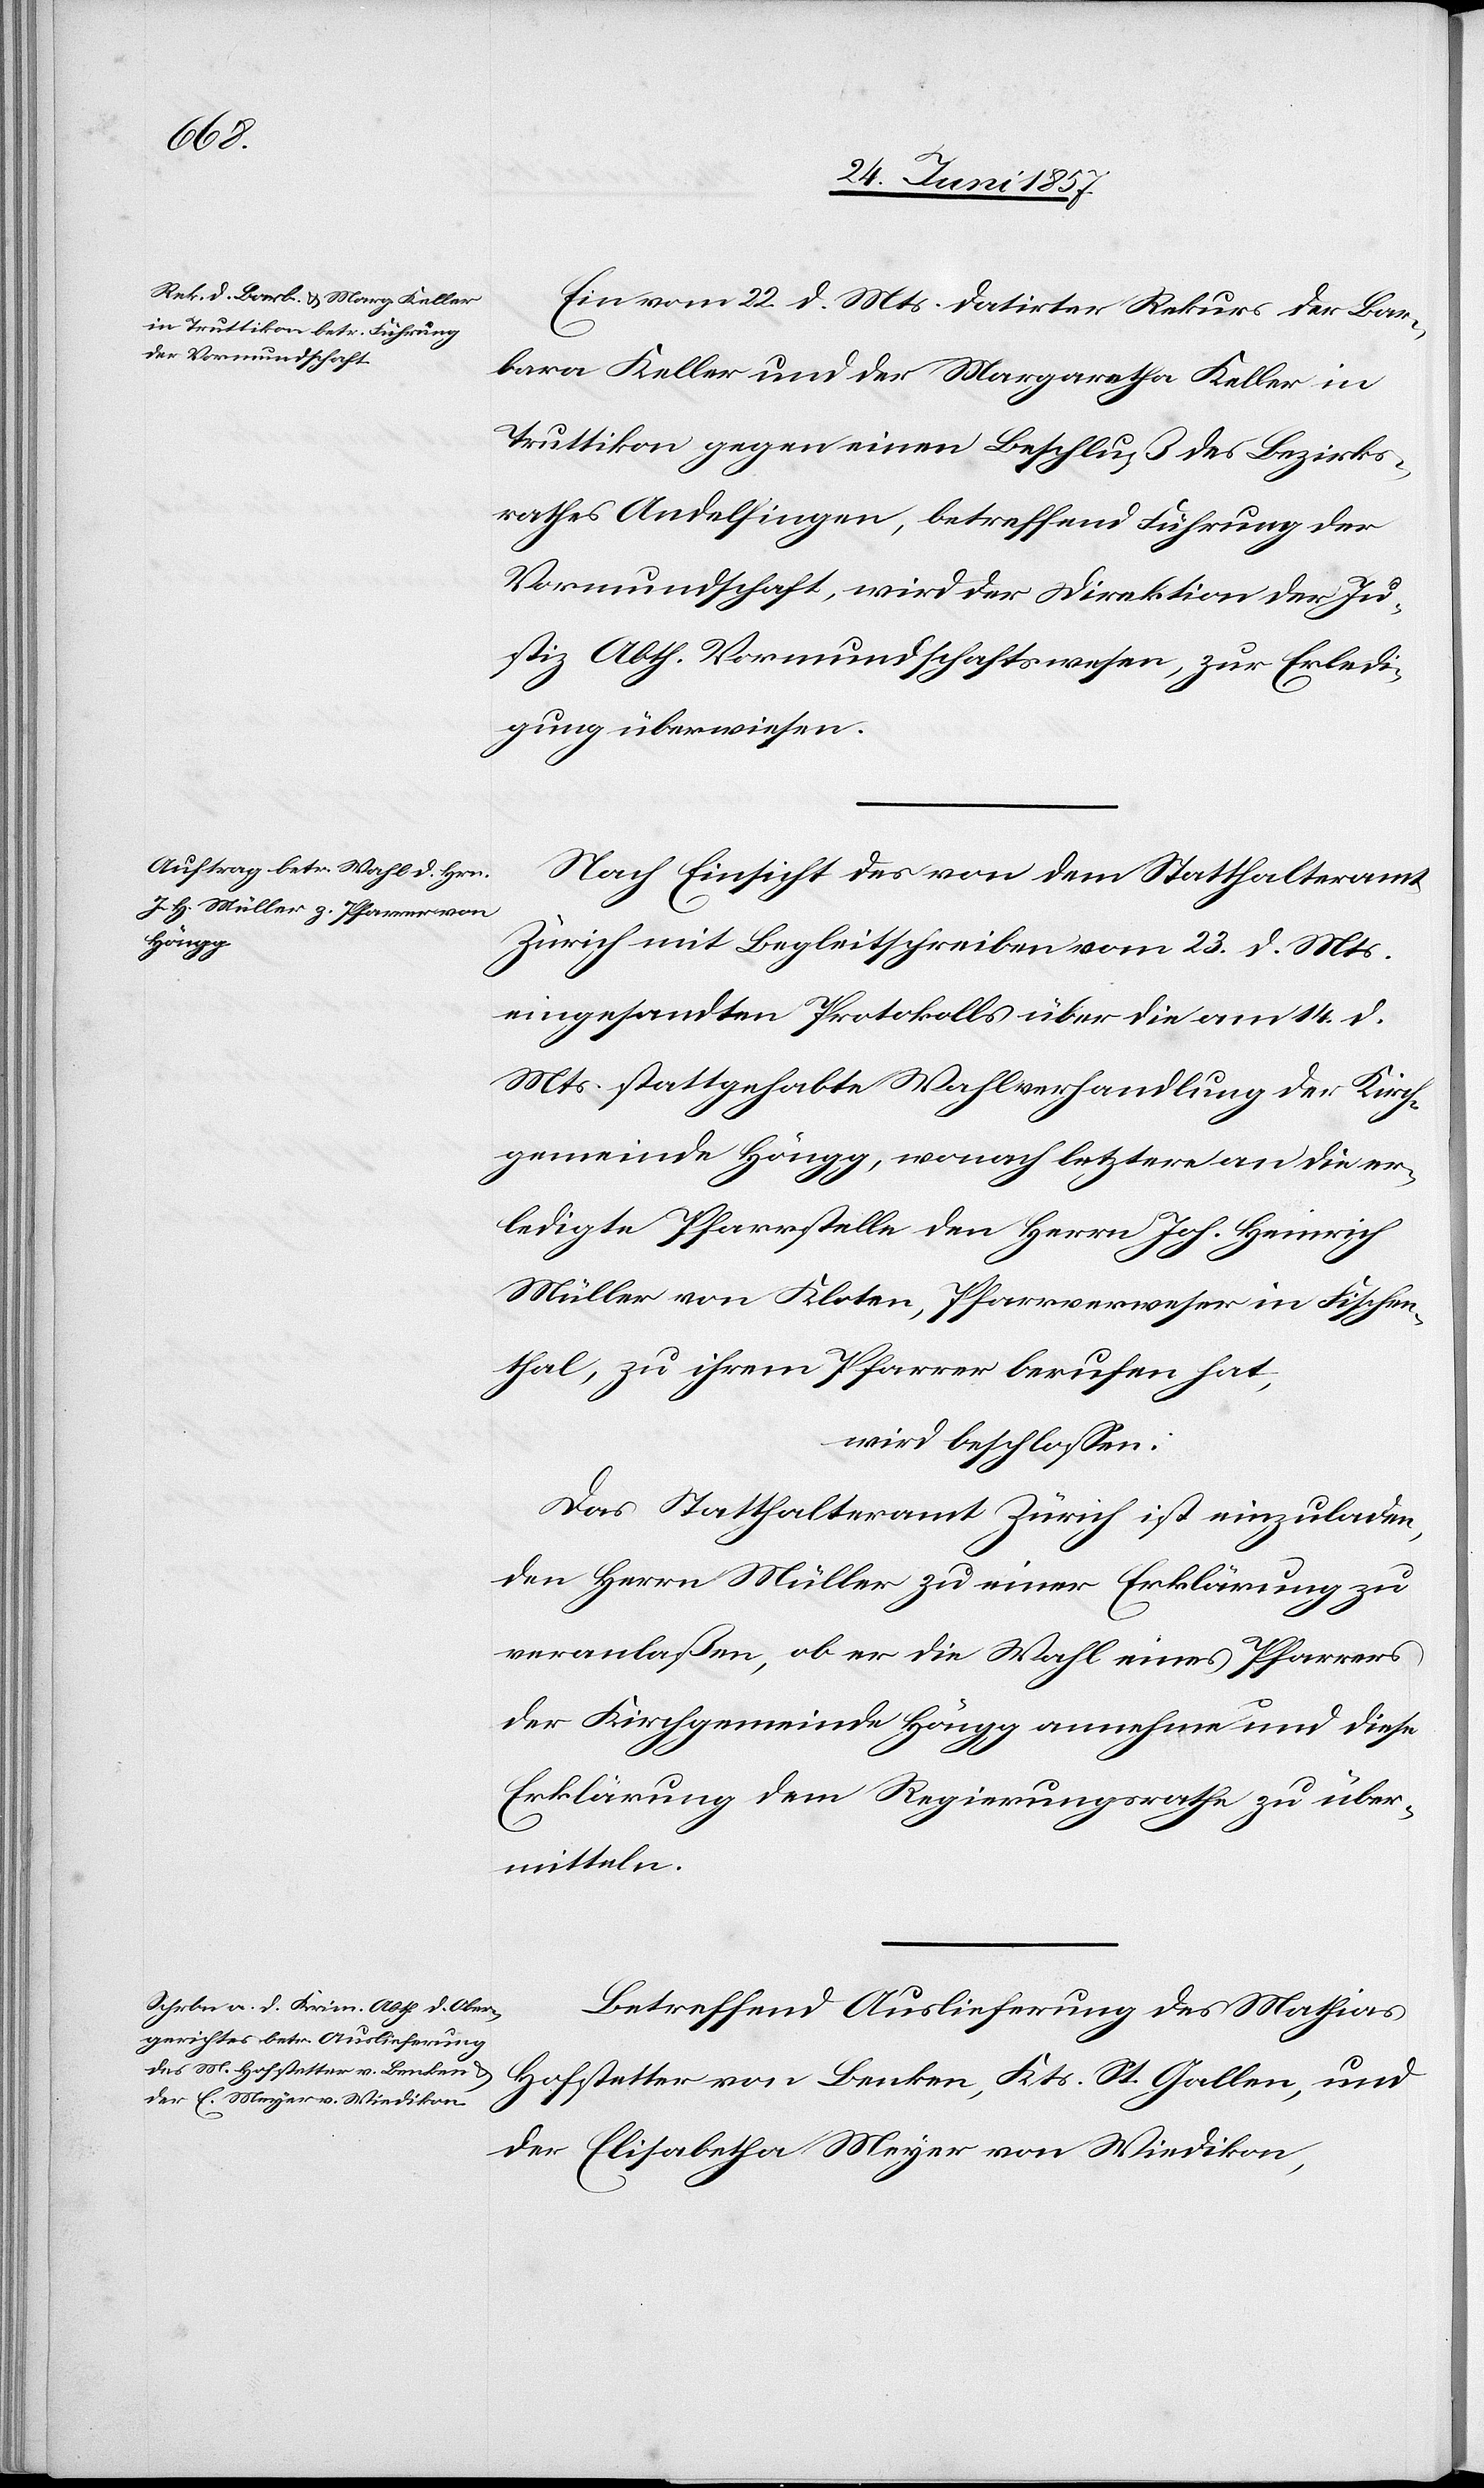
Ein vom 22 d. Mts. datirter Rekurs der Bar¬
bara Keller und der Margaretha Keller in
Truttlikon gegen einen Beschluß des Bezirks¬
rathes Andelfingen, betreffend Führung der
Vormundschaft, wird der Direktion der Ju¬
stiz Abth. Vormundschaftswesen, zur Erledi¬
gung überwiesen.
Nach Einsicht des von dem Statthalteramt
Zürich mit Begleitschreiben vom 23 d. Mts.
eingesandten Protokolls über die am 14 d.
Mts. stattgehabte Wahlverhandlung der Kirch¬
gemeinde Höngg, wonach letztere an die er¬
ledigte Pfarrstelle den Herrn Joh. Heinrich
Müller von Kloten, Pfarrverweser in Fischen¬
thal, zu ihrem Pfarrer berufen hat,
wird beschlossen:
Das Statthalteramt Zürich ist einzuladen,
den Herrn Müller zu einer Erklärung zu
veranlaßen, ob er die Wahl eines Pfarrers
der Kirchgemeinde Höngg annehme und diese
Erklärung dem Regierungsrathe zu über¬
mitteln.
Betreffend Auslieferung des Mathias
Hofstetter von Benken, Kts. St. Gallen, und
der Elisabetha Meyer von Wiedikon,